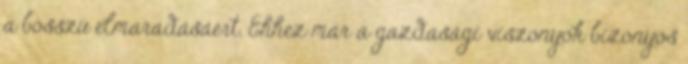
a bosszú elmaradásáért. Ehhez már a gazdasági viszonyok bizonyos